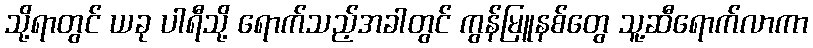
သို့ရာတွင် ယခု ပါရီသို့ ရောက်သည့်အခါတွင် ကွန်မြူနစ်တွေ သူ့ဆီရောက်လာကာ